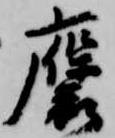
褒